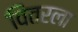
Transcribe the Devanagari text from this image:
वितरला